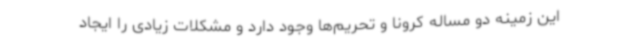
این زمینه دو مساله کرونا و تحریم‌ها وجود دارد و مشکلات زیادی را ایجاد